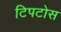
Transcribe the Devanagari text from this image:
टिपटोस